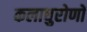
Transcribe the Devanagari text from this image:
कलाधुरोणों